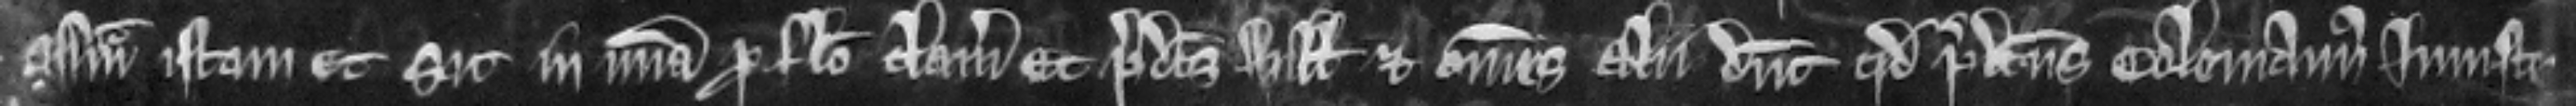
assisam istam et sit in misericordia pro falso clamore Et predictus Willelmus et omnes alii dicunt quod predictus Colemannus injuste